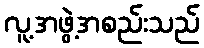
လူ့အဖွဲ့အစည်းသည်